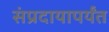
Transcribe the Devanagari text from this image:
संप्रदायापर्यंत